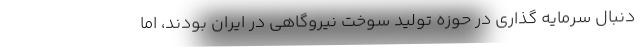
دنبال سرمایه گذاری در حوزه تولید سوخت نیروگاهی در ایران بودند، اما